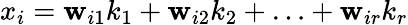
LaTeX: x_{i}=\mathbf{w}_{i1}k_{1}+\mathbf{w}_{i2}k_{2}+\ldots+\mathbf{w}_{ir}k_{r}